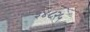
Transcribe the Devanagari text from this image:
३४८२५